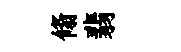
翛翡